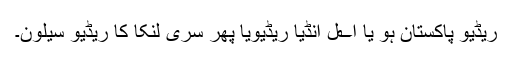
ریڈیو پاکستان ہو یا ا؎ٓل انڈیا ریڈیویا پھر سری لنکا کا ریڈیو سیلون۔